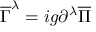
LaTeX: \overline { { { \Gamma } } } ^ { \lambda } = i g \partial ^ { \lambda } \overline { { { \Pi } } }